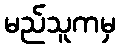
မည်သူကမှ